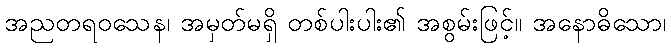
အညတရဝသေန၊ အမှတ်မရှိ တစ်ပါးပါး၏ အစွမ်းဖြင့်။ အနောဓိသော၊